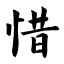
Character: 惜